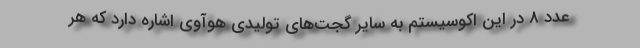
عدد 8 در این اکوسیستم به سایر گجت‌های تولیدی هوآوی اشاره دارد که هر